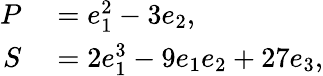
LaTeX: \begin{array}{rl}{P}&{{}=e_{1}^{2}-3e_{2},}\\ {S}&{{}=2e_{1}^{3}-9e_{1}e_{2}+27e_{3},}\end{array}